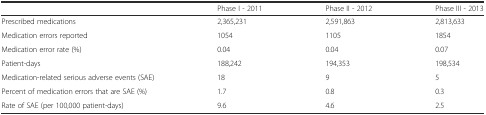
<table><thead><tr><td></td><td><b>Phase I - 2011</b></td><td><b>Phase II - 2012</b></td><td><b>Phase III - 2013</b></td></tr></thead><tbody><tr><td>Prescribed medications</td><td>2,365,231</td><td>2,591,863</td><td>2,813,633</td></tr><tr><td>Medication errors reported</td><td>1054</td><td>1105</td><td>1854</td></tr><tr><td>Medication error rate (%)</td><td>0.04</td><td>0.04</td><td>0.07</td></tr><tr><td>Patient-days</td><td>188,242</td><td>194,353</td><td>198,534</td></tr><tr><td>Medication-related serious adverse events (SAE)</td><td>18</td><td>9</td><td>5</td></tr><tr><td>Percent of medication errors that are SAE (%)</td><td>1.7</td><td>0.8</td><td>0.3</td></tr><tr><td>Rate of SAE (per 100,000 patient-days)</td><td>9.6</td><td>4.6</td><td>2.5</td></tr></tbody></table>